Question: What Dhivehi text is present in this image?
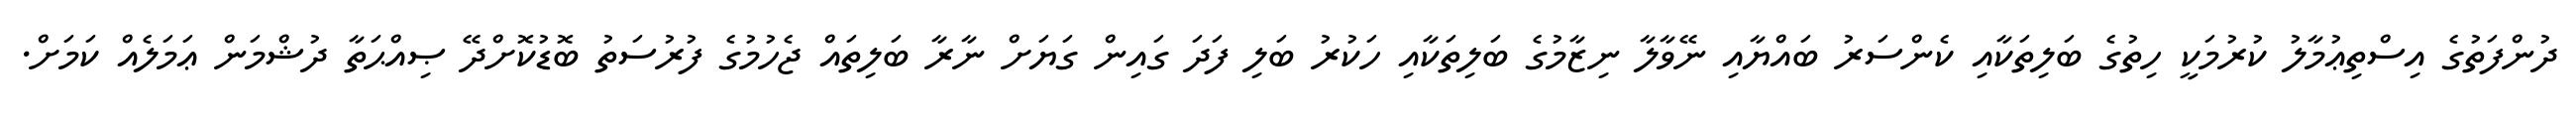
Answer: ދުންފަތުގެ އިސްތިޢުމާލު ކުރުމަކީ ހިތުގެ ބަލިތަކާއި ކެންސަރު ބައްޔާއި ނޭވާލާ ނިޒާމުގެ ބަލިތަކާއި ހަކުރު ބަލި ފަދަ ގައިން ގަޔަށް ނާރާ ބަލިތައް ޖެހުމުގެ ފުރުސަތު ބޮޑުކޮށްދޭ ޞިއްޙަތާ ދުޝްމަން ޢަމަލެއް ކަމަށް.